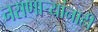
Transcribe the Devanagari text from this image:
नसणार्‍यांनाही